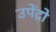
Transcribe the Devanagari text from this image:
उपेंद्रो